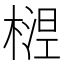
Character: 𬄅